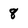
Character: 8